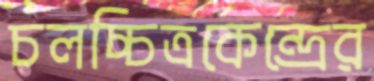
চলচ্চিত্রকেন্দ্রের